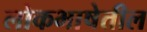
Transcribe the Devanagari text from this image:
लोकभाषेतील